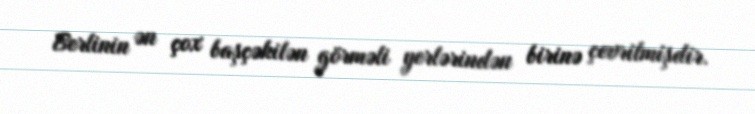
Berlinin ən çox başçəkilən görməli yerlərindən birinə çevrilmişdir.